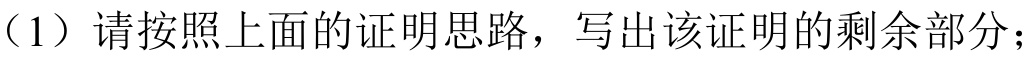
（1）请按照上面的证明思路，写出该证明的剩余部分；